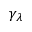
\gamma _ { \lambda }